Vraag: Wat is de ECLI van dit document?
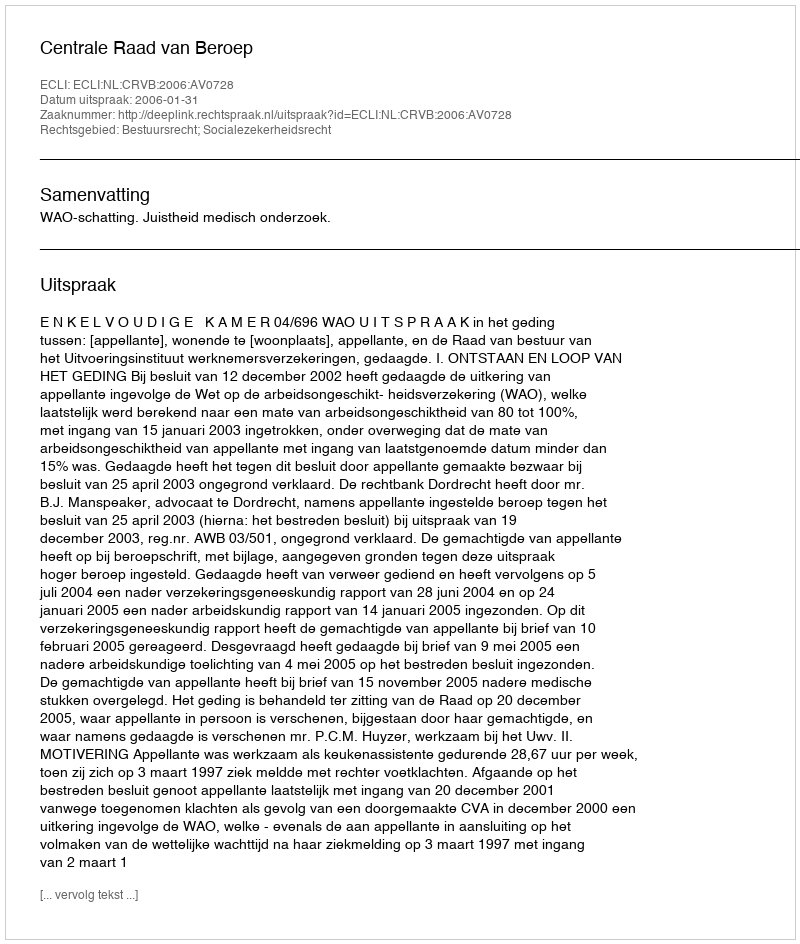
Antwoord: ECLI:NL:CRVB:2006:AV0728